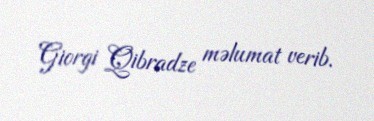
Giorgi Qibradze məlumat verib.